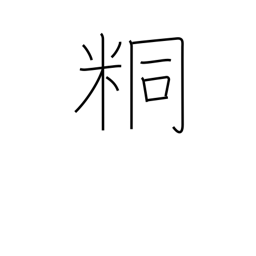
Meaning: unpolished rice